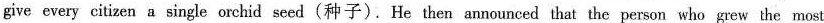
give every citizen a single orchid seed(种子). He then announced that the person who grew the most